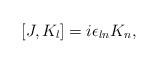
\begin{align*}[J,K_l] = i\epsilon_{ln}K_n,\end{align*}